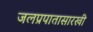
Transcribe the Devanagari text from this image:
जलप्रपातासारखी